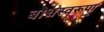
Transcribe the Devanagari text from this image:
बोधस्वरूपा